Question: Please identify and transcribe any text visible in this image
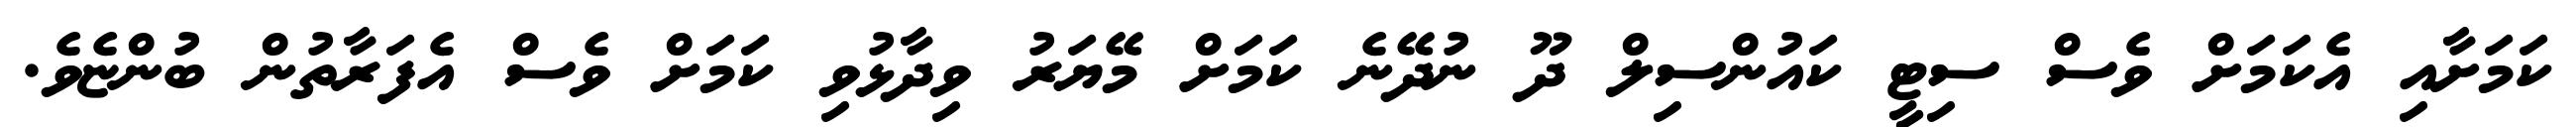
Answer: ކަމަށާއި އެކަމަށް ވެސް ސިޓީ ކައުންސިލް ދޫ ނުދޭނެ ކަމަށް މޭޔަރު ވިދާޅުވި ކަމަށް ވެސް އެފަރާތުން ބުންޏެވެ.